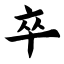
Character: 卒